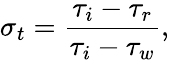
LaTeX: \sigma_{t}=\frac{\tau_{i}-\tau_{r}}{\tau_{i}-\tau_{w}},